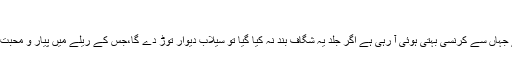
صفحہ ۱۶۳)
’’ہمارے معاشرے کی دیواروں میں ایک شگاف پڑ گیا ہے جہاں سے کرنسی بہتی ہوئی آ رہی ہے اگر جلد یہ شگاف بند نہ کیا گیا تو سیلاب دیوار توڑ دے گا،جس کے ریلے میں پیار و محبت،امن و سکون اور تہذیب و تمدن وغیرہ سب بہہ جائیں گے۔